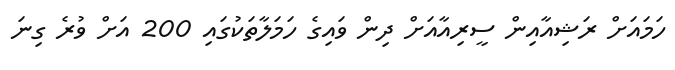
ހަމައަށް ރަޝިއާއިން ސީރިއާއަށް ދިން ވައިގެ ހަމަލާތަކުގައި 200 އަށް ވުރެ ގިނަ